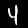
Label: 4